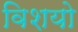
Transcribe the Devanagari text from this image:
विशयो